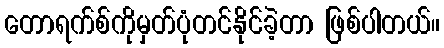
တောရက်စ်ကိုမှတ်ပုံတင်နိုင်ခဲ့တာ ဖြစ်ပါတယ်။